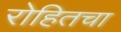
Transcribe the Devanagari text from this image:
रोहितचा